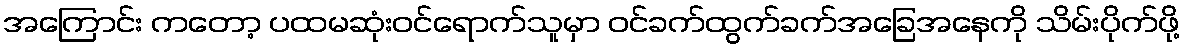
အကြောင်း ကတော့ ပထမဆုံးဝင်ရောက်သူမှာ ဝင်ခက်ထွက်ခက်အခြေအနေကို သိမ်းပိုက်ဖို့